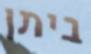
ביתן